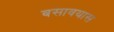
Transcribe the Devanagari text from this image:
बसावयास